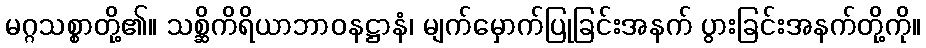
မဂ္ဂသစ္စာတို့၏။ သစ္ဆိကိရိယာဘာဝနဋ္ဌာနံ၊ မျက်မှောက်ပြုခြင်းအနက် ပွားခြင်းအနက်တို့ကို။